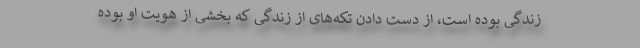
زندگی بوده است، از دست دادن تکه‌های از زندگی که بخشی از هویت او بوده